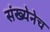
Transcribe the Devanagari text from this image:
संख्येनेच